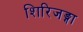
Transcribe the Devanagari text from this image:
शिरिजङ्गा